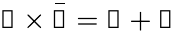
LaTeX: \mathbb{3}\times{\bar{\mathbb{3}}}=\mathbb{1}+\mathbb{8}